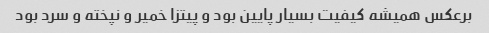
برعکس همیشه کیفیت بسیار پایین بود و پیتزا خمیر و نپخته و سرد بود